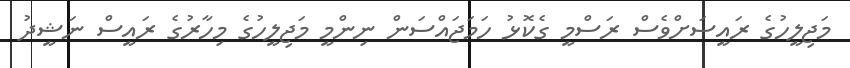
މަޖިލީހުގެ ރައީސަށްވެސް ރަސްމީ ގެކޮޅު ހަމަޖައްސަން ނިންމީ މަޖިލީހުގެ މިހާރުގެ ރައީސް ނަޝީދު